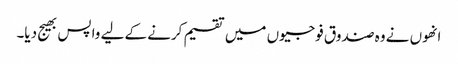
انھوں نے وہ صندوق فوجیوں میں تقسیم کرنے کے لیے واپس بھیج دیا۔